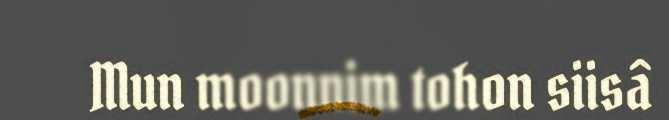
Mun moonnim tohon siisâ